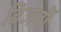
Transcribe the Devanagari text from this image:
विजयीं